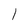
Character: l